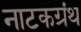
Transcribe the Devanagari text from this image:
नाटकग्रंथ